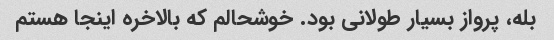
بله، پرواز بسیار طولانی بود. خوشحالم که بالاخره اینجا هستم